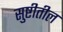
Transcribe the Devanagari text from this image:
सुष्टीतील